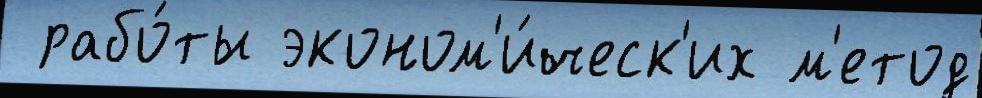
 рабо́ты эконом'и́ческ'их м'етод